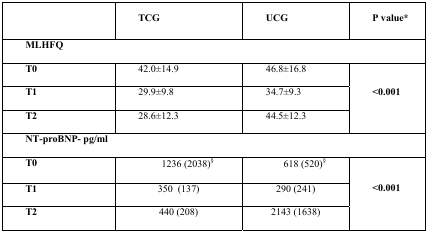
<table><thead><tr><td></td><td><b>TCG</b></td><td><b>UCG</b></td><td><b>P value*</b></td></tr></thead><tbody><tr><td colspan="4"><b>MLHFQ</b></td></tr><tr><td><b>T0</b></td><td>42.0±14.9</td><td>46.8±16.8</td><td rowspan="3"><b>&lt;0.001</b></td></tr><tr><td><b>T1</b></td><td>29.9±9.8</td><td>34.7±9.3</td></tr><tr><td><b>T2</b></td><td>28.6±12.3</td><td>44.5±12.3</td></tr><tr><td colspan="4"><b>NT-proBNP- pg/ml</b></td></tr><tr><td><b>T0</b></td><td>1236 (2038)<sup>§</sup></td><td>618 (520)<sup>§</sup></td><td rowspan="3"><b>&lt;0.001</b></td></tr><tr><td><b>T1</b></td><td>350 (137)</td><td>290 (241)</td></tr><tr><td><b>T2</b></td><td>440 (208)</td><td>2143 (1638)</td></tr></tbody></table>